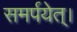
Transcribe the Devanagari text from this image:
समर्पयेत्।